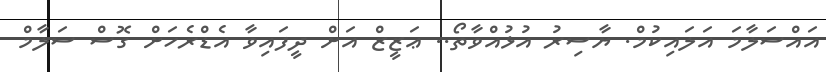
އައްސަލާމަ އަލައިކުމް. ޔާސިރު އުޅުއްވާތޯ.. ޢަޒީޒް އަށް ދީފައިވާ އެޑްރެހަށް ގޮސް ސަލާމް